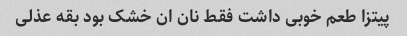
پیتزا طعم خوبی داشت فقط نان ان خشک بود بقه عذلی